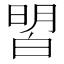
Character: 㿢